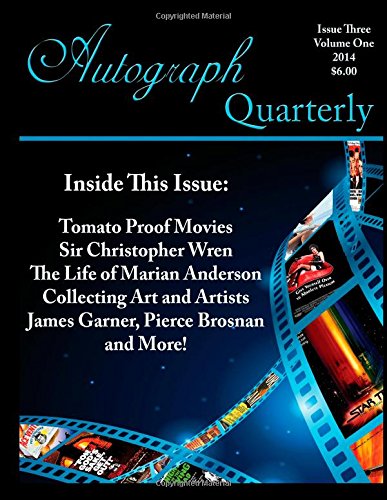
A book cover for Autograph Quarterly Magazine July 2014; MPress Publishing; Crafts, Hobbies & Home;